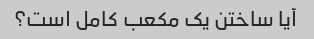
آیا ساختن یک مکعب کامل است؟